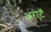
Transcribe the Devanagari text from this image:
अरोटॅ